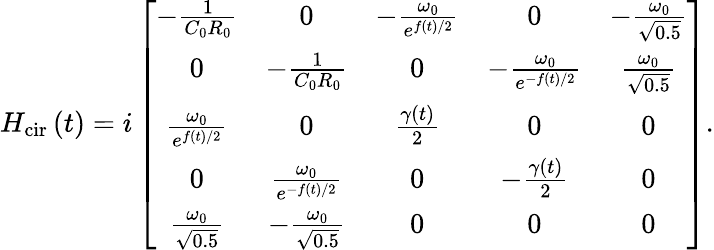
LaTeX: \begin{array}{r}{H_{\textrm{cir}}\left(t\right)=i\left[\begin{array}{ccccc}{-\frac{1}{C_{0}R_{0}}}&{0}&{-\frac{\omega_{0}}{e^{f\left(t\right)/2}}}&{0}&{-\frac{\omega_{0}}{\sqrt{0.5}}}\\ {0}&{-\frac{1}{C_{0}R_{0}}}&{0}&{-\frac{\omega_{0}}{e^{-f\left(t\right)/2}}}&{\frac{\omega_{0}}{\sqrt{0.5}}}\\ {\frac{\omega_{0}}{e^{f\left(t\right)/2}}}&{0}&{\frac{\gamma\left(t\right)}{2}}&{0}&{0}\\ {0}&{\frac{\omega_{0}}{e^{-f\left(t\right)/2}}}&{0}&{-\frac{\gamma\left(t\right)}{2}}&{0}\\ {\frac{\omega_{0}}{\sqrt{0.5}}}&{-\frac{\omega_{0}}{\sqrt{0.5}}}&{0}&{0}&{0}\end{array}\right].}\end{array}